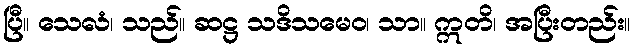
ပြီ။ သေလံ၊ သည်။ ဆဋ္ဌ သဒိသမေဝ၊ သာ။ ဣတိ၊ အပြီးတည်း။